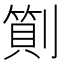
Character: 𠟬